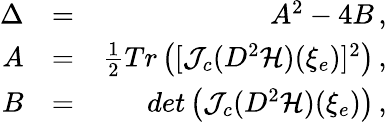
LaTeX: \begin{array}{rlr}{\Delta}&{=}&{A^{2}-4B\, ,}\\ {A}&{=}&{\frac{1}{2}Tr\left([{\mathcal{J}}_{c}(D^{2}{\mathcal{H}})(\xi_{e})]^{2}\right)\, ,}\\ {B}&{=}&{det\left({\mathcal{J}}_{c}(D^{2}{\mathcal{H}})(\xi_{e})\right)\, ,}\end{array}